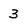
Character: 3